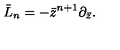
\bar { L } _ { n } = - \bar { z } ^ { n + 1 } \partial _ { \bar { z } } .